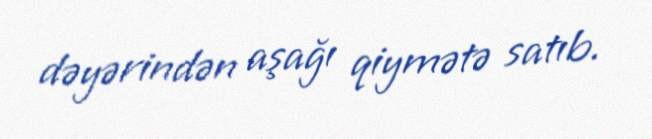
dəyərindən aşağı qiymətə satıb.